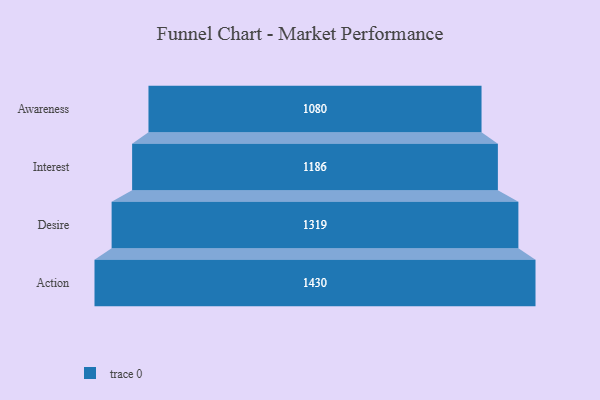
{"axis": {"x": "Stage", "y": "Value"}, "legend": [""], "data": [{"x": "Awareness", "y": 1080.0, "type": ""}, {"x": "Interest", "y": 1186.0, "type": ""}, {"x": "Desire", "y": 1319.0, "type": ""}, {"x": "Action", "y": 1430.0, "type": ""}]}